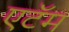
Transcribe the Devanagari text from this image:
एटॅम